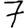
Digit: 7